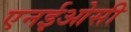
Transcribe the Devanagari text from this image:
एनईओसी